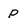
Character: P